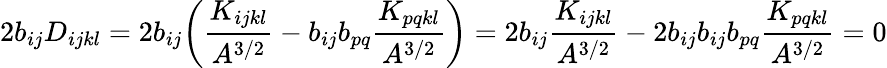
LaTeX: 2b_{ij}D_{ijkl}=2b_{ij}\bigg(\frac{K_{ijkl}}{A^{3/2}}-b_{ij}b_{pq}\frac{K_{pqkl}}{A^{3/2}}\bigg)=2b_{ij}\frac{K_{ijkl}}{A^{3/2}}-2b_{ij}b_{ij}b_{pq}\frac{K_{pqkl}}{A^{3/2}}=0